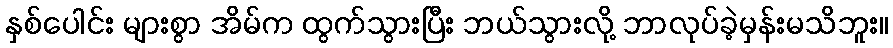
နှစ်ပေါင်း များစွာ အိမ်က ထွက်သွားပြီး ဘယ်သွားလို့ ဘာလုပ်ခဲ့မှန်းမသိဘူး။